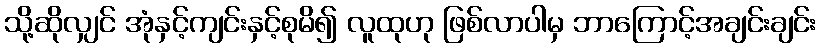
သို့ဆိုလျှင် အုံနှင့်ကျင်းနှင့်စုမိ၍ လူထုဟု ဖြစ်လာပါမှ ဘာကြောင့်အချင်းချင်း